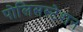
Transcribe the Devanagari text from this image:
पोलिसस्टेशन